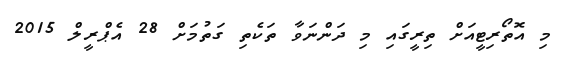
މި އޮތޯރިޓީއަށް ތިރީގައި މި ދަންނަވާ ތަކެތި ގަތުމަށް 28 އެޕްރީލް 2015